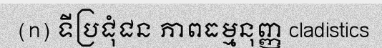
(n) ទីប្រជុំជន ភាពធម្មនុញ្ញ cladistics